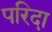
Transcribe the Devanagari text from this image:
परिदा